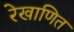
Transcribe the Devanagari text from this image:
रेखाणित